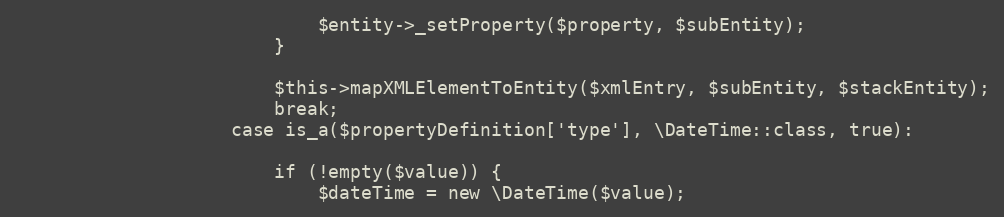
Language: PHP
                            $entity->_setProperty($property, $subEntity);
                        }

                        $this->mapXMLElementToEntity($xmlEntry, $subEntity, $stackEntity);
                        break;
                    case is_a($propertyDefinition['type'], \DateTime::class, true):

                        if (!empty($value)) {
                            $dateTime = new \DateTime($value);